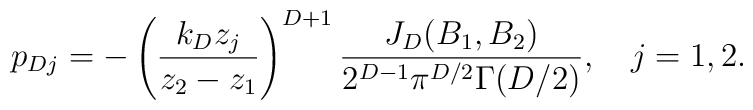
p_{Dj}=- \left( \frac{k_Dz_j}{z_2-z_1}\right) ^{D+1}\frac{J_D(B_1,B_2)}{2^{D-1}\pi ^{D/2}\Gamma (D/2)},\quad j=1,2.